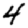
Digit: 4